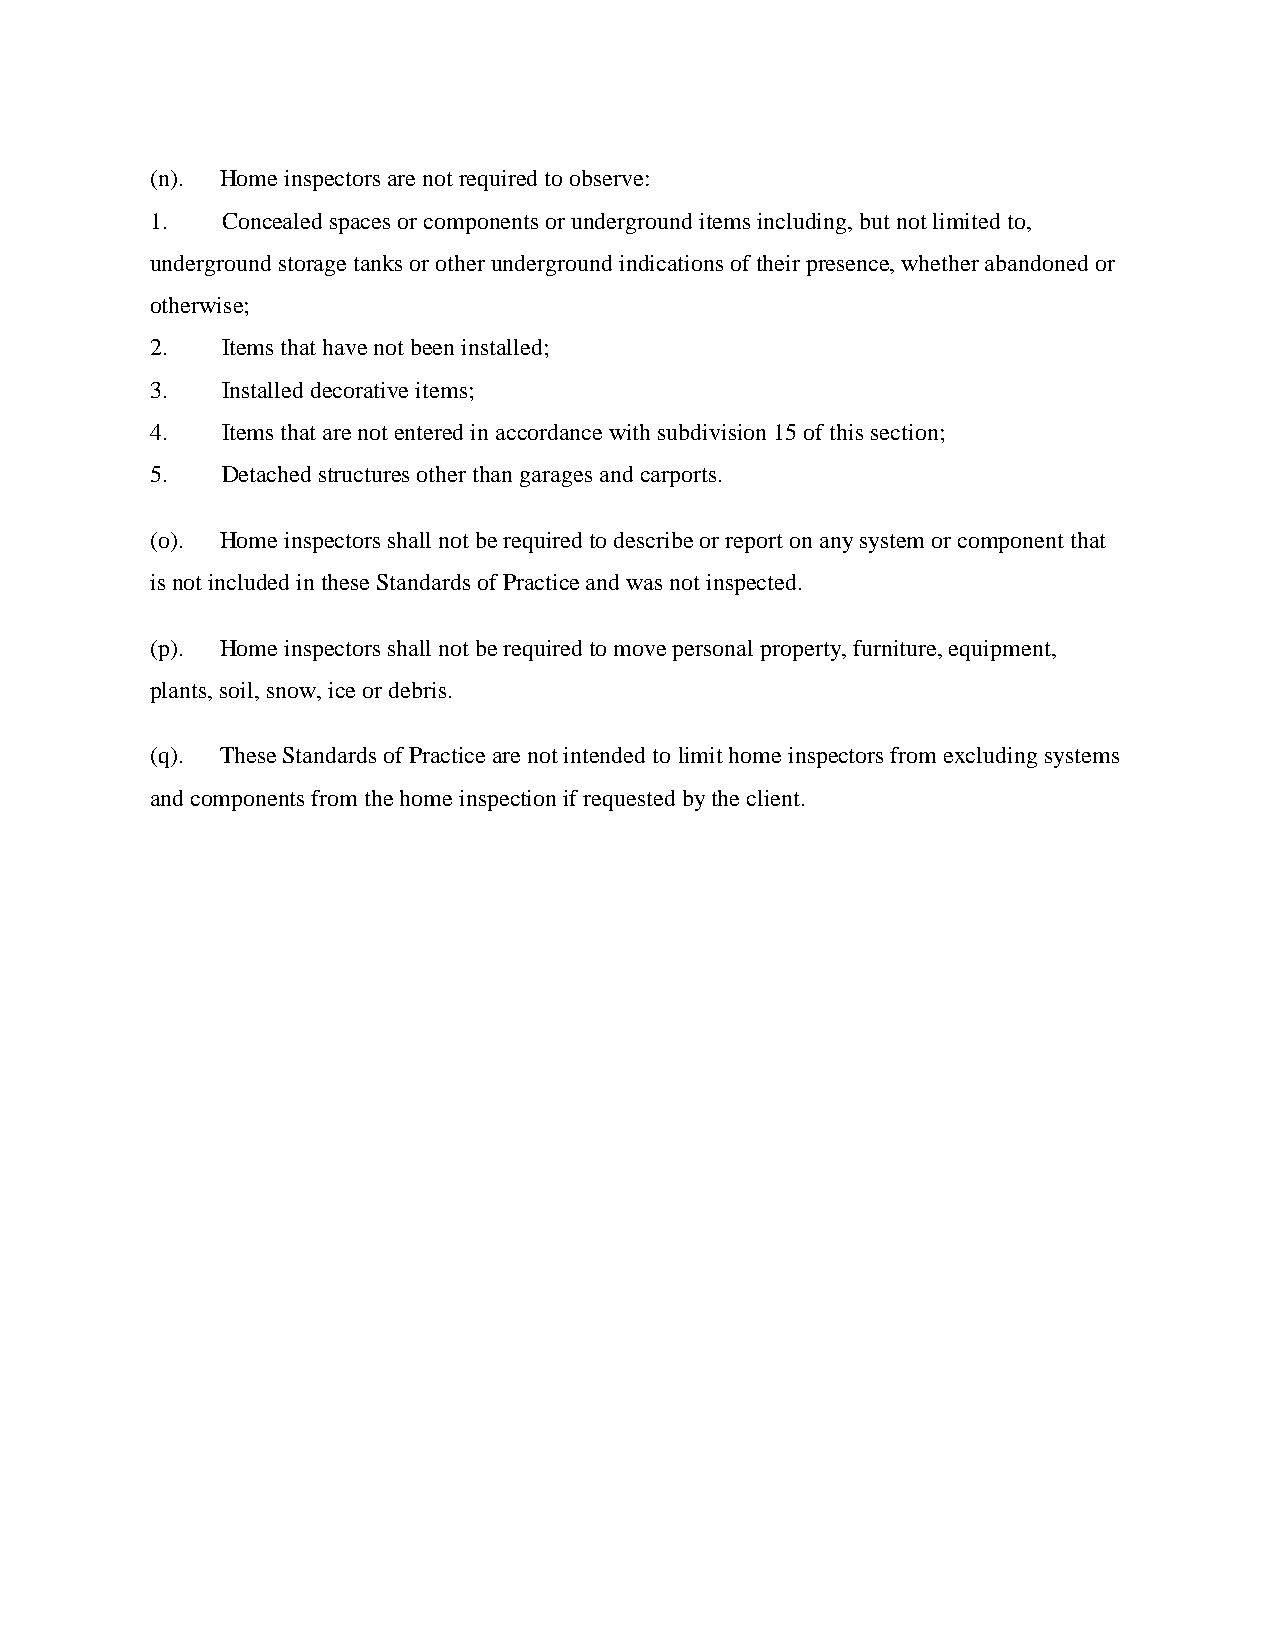
(n). Home inspectors are not required to observe:
 1.   Concealed spaces or components or underground items including, but not limited to,
 underground storage tanks or other underground indications of their presence, whether abandoned or
 otherwise;
 2.   Items that have not been installed;
 3.   Installed decorative items;
 4.   Items that are not entered in accordance with subdivision 15 of this section;
 5.   Detached structures other than garages and carports.
 (o). Home inspectors shall not be required to describe or report on any system or component that
 is not included in these Standards of Practice and was not inspected.
 (p). Home inspectors shall not be required to move personal property, furniture, equipment,
 plants, soil, snow, ice or debris.
 (q). These Standards of Practice are not intended to limit home inspectors from excluding systems
 and components from the home inspection if requested by the client.